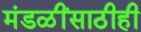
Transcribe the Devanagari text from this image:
मंडळींसाठीही